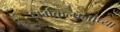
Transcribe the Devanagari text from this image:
धर्मकल्पनांच्या